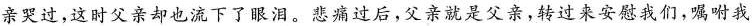
亲哭过，这时父亲却也流下了眼泪。悲痛过后，父亲就是父亲，转过来安慰我们，嘱咐我